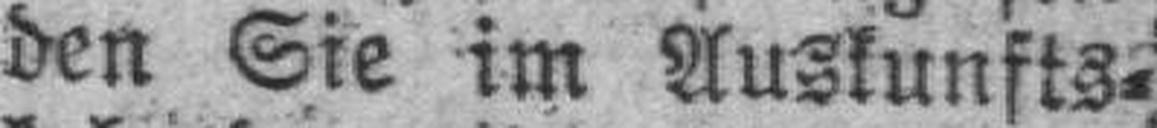
den Sie im Auskunfts¬